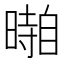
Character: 𱢥